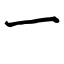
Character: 一